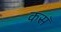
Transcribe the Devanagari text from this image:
कस॓